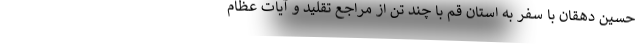
حسین دهقان با سفر به استان قم با چند تن از مراجع تقلید و آیات عظام